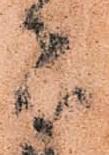
者